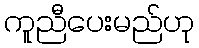
ကူညီပေးမည်ဟု